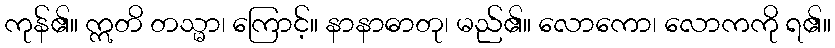
ကုန်၏။ ဣတိ တသ္မာ၊ ကြောင့်။ နာနာဓာတု၊ မည်၏။ လောကော၊ လောကကို ရ၏။